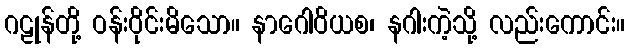
ဂဠုန်တို့ ဝန်းဝိုင်းမိသော။ နာဂေါဝိယစ၊ နဂါးကဲ့သို့ လည်းကောင်း။